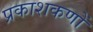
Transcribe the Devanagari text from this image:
प्रकाशकणों